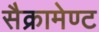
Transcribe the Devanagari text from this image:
सैक्रामेण्ट